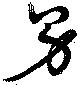
男